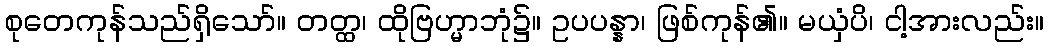
စုတေကုန်သည်ရှိသော်။ တတ္ထ၊ ထိုဗြဟ္မာဘုံ၌။ ဥပပန္နာ၊ ဖြစ်ကုန်၏။ မယှံပိ၊ ငါ့အားလည်း။